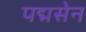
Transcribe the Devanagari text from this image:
पद्मसेन